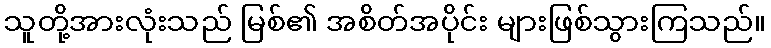
သူတို့အားလုံးသည် မြစ်၏ အစိတ်အပိုင်း များဖြစ်သွားကြသည်။